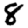
Digit: 8